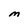
Character: M